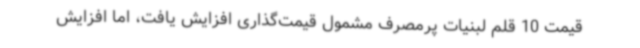
قیمت 10 قلم لبنیات پرمصرف مشمول قیمت‌گذاری افزایش یافت، اما افزایش